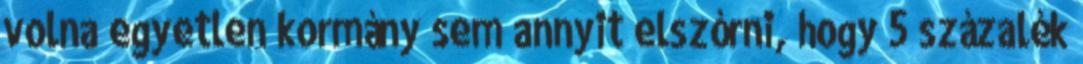
volna egyetlen kormány sem annyit elszórni, hogy 5 százalék